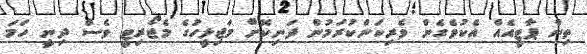
ތިން ޕާޓީއެއް އެކުވެގެން ވެރިކަންކުރަމުން ދަނިކޮށް މަޖިލީހުގެ މެޖޯރިޓީ ވެސް ދިނީ ހަމަ